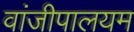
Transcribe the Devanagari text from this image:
वांजीपालयम